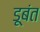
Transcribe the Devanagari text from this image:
डूबंत